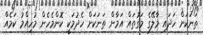
ތަނަކަށް ހަދައި މާލޭގެ މަގުތައް އަމާން ތަނަކަށް ހެދުމަކީ ކޮންމެހެން މުހިއްމު ކަމެއް